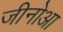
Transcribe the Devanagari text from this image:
जीनोआ